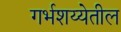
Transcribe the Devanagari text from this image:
गर्भशय्येतील